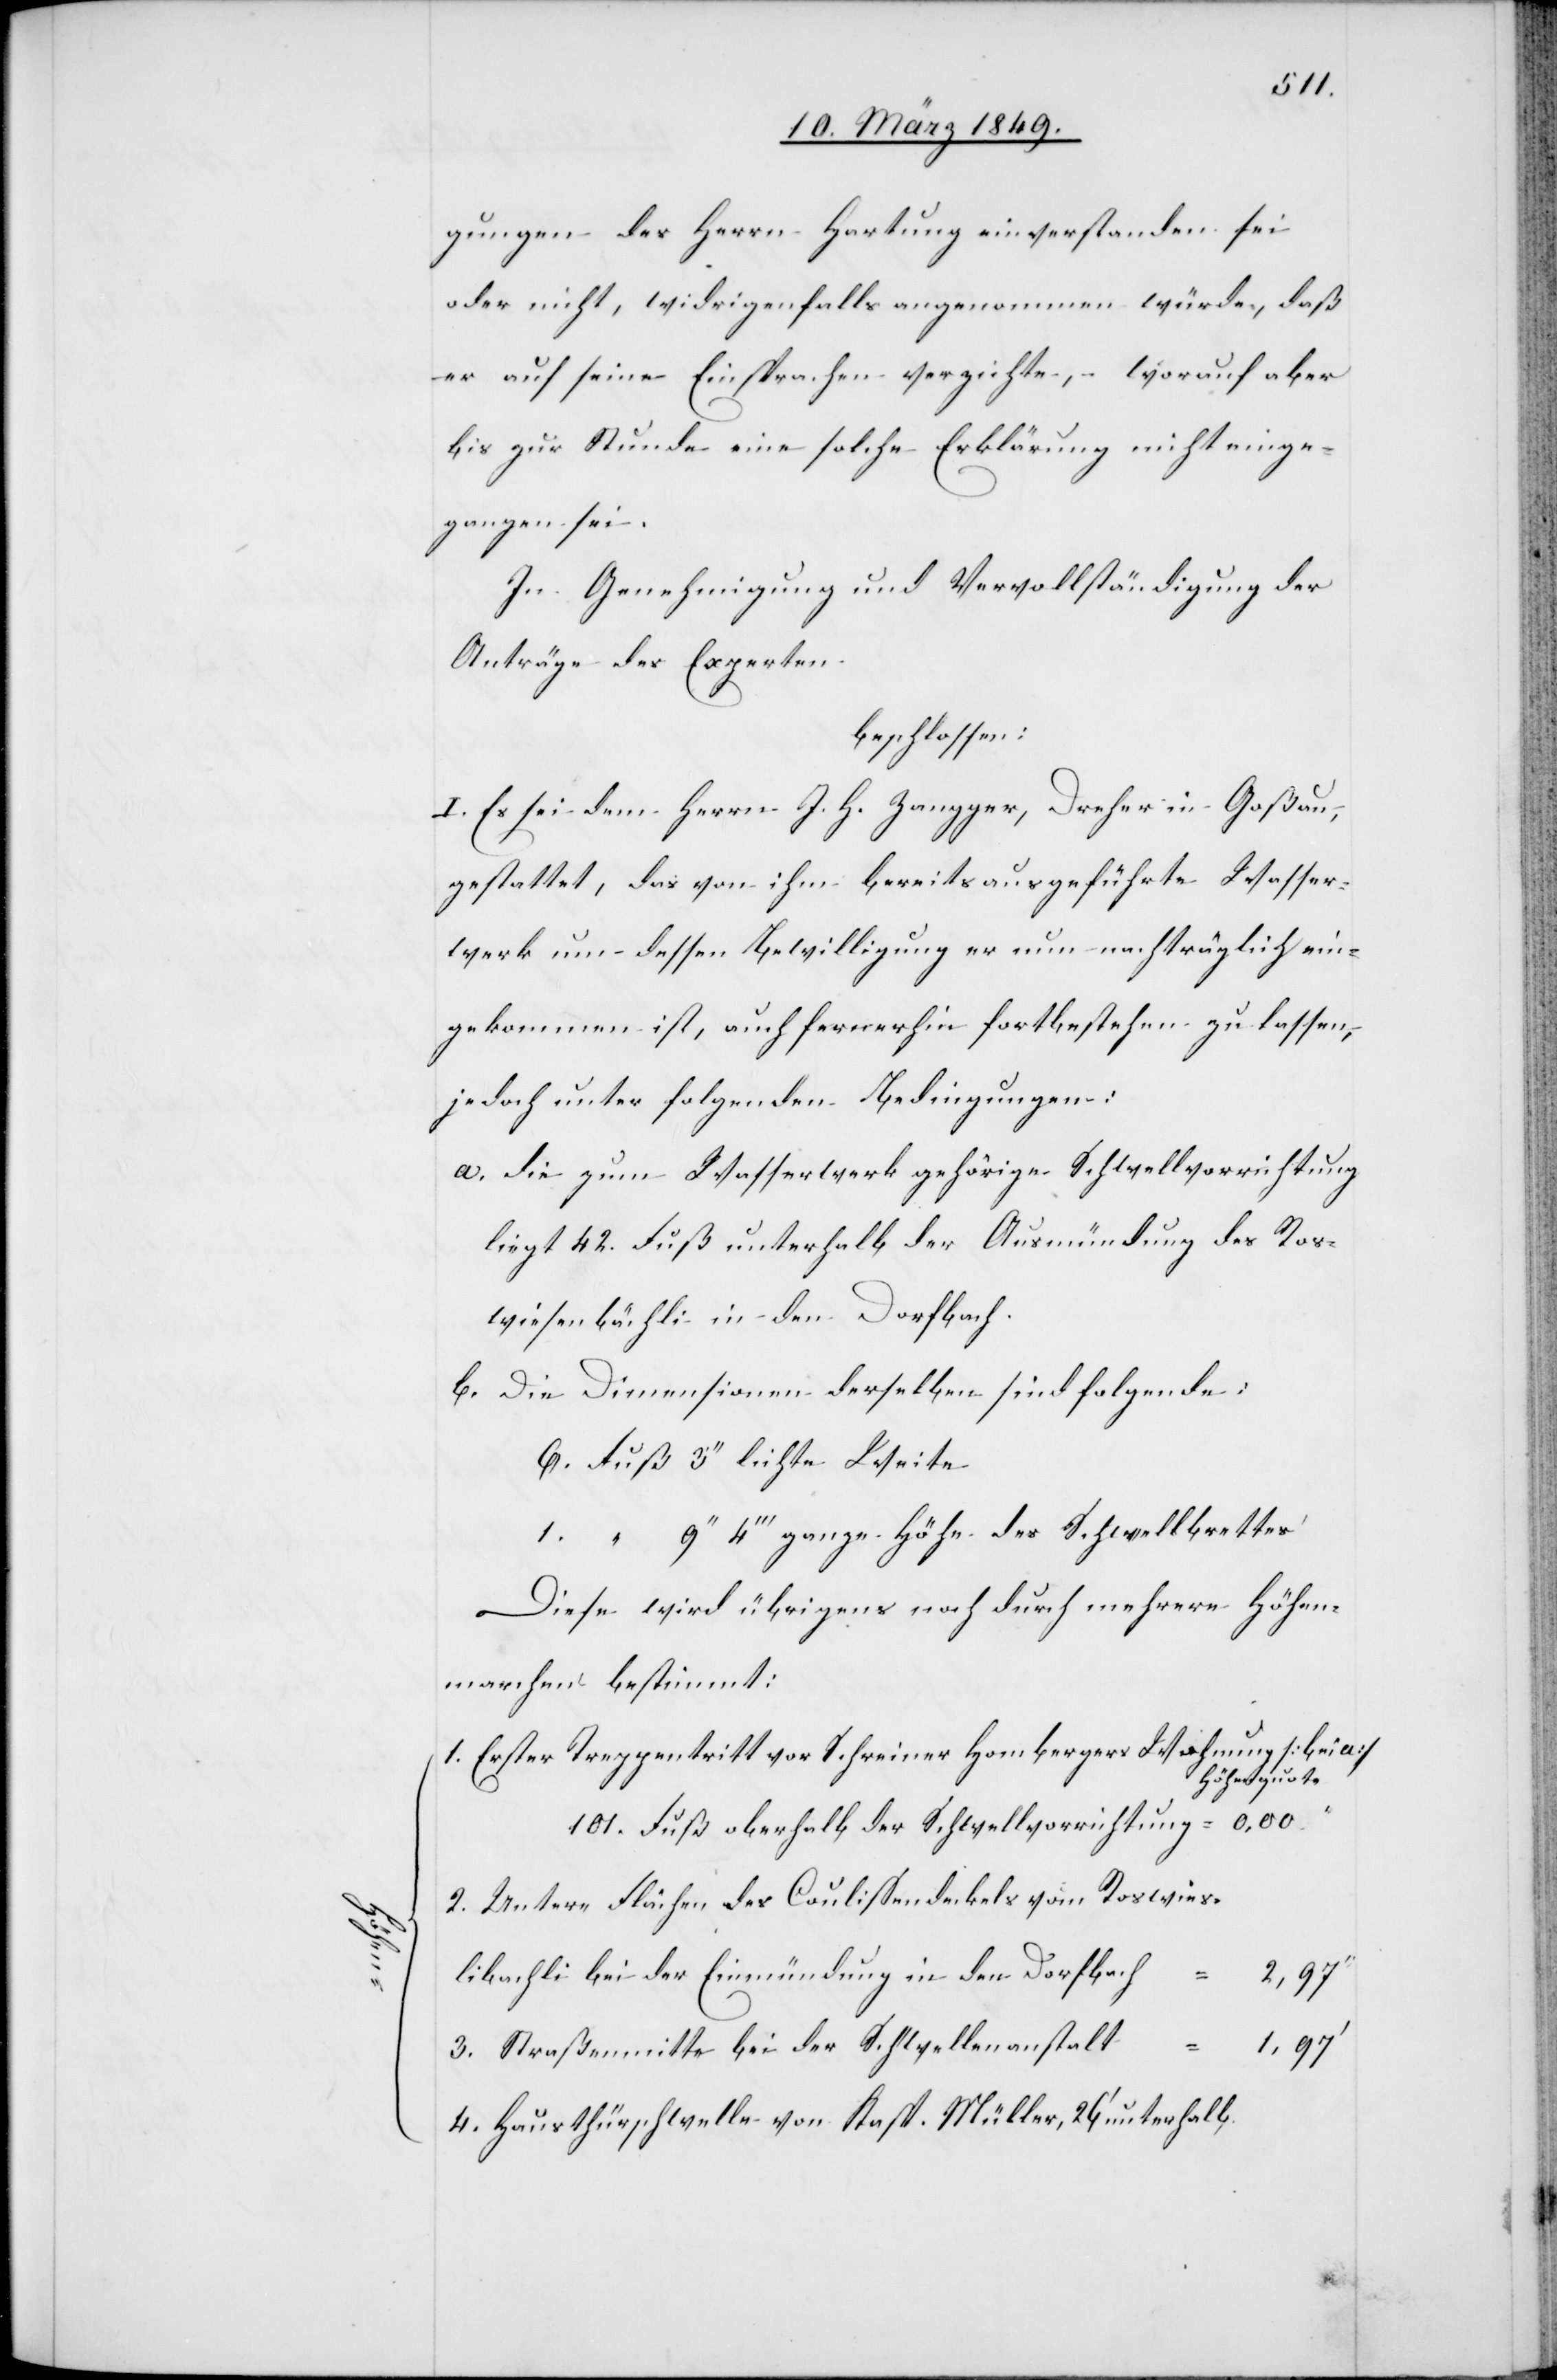
gungen des Herrn Hartung einverstanden sei
oder nicht, widrigenfalls angenommen würde, daß
er auf seine Einsprachen verzichte, – worauf aber
bis zur Stunde eine solche Erklärung nicht einge¬
gangen sei.
In Genehmigung und Vervollständigung der
Anträge des Experten
beschlossen:
I. Es sei dem Herrn J. H. Zangger, Dreher in Goßau,
gestattet, das von ihm bereits ausgeführte Wasser¬
werk um dessen Bewilligung er nun nachträglich ein¬
gekommen ist, auch fernerhin fortbestehen zu lassen,
jedoch unter folgenden Bedingungen:
a. die zum Wasserwerk gehörige Schwellvorrichtung
liegt 42. Fuß unterhalb der Ausmündung des Ros¬
wiesenbächli in den Dorfbach.
b. Die Dimensionen derselben sind folgende:
6. Fuß 3’’ leichte Weite
1. “ 9’’ 4’’’ ganze Höhe des Schwellbrettes
Diese wird übrigens noch durch mehrere Höhen¬
marchen bestimmt:
1. Erster Treppentritt vor Schreiner Hombergers Wohnung [bei a]
Höhenquote
101. Fuß oberhalb der Schwellvorrichtung
2. Untere Flächen des Coulissendeckels vom Roswies¬
li [sic!] bei der Einmündung in den Dorfbach
1,97’
3. Straßenmitte bei der Schwellenanstalt
4. Hausthürschwelle von Kasp. Müller, 26’ unterhalb